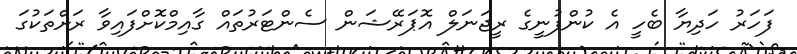
ފަހަރު ހަދިޔާ ބެހީ އެ ކުންފުނީގެ ރީޖަނަލް އޮޕަރޭޝަން ސެންޓަރުތައް ގާއިމްކޮށްފައިވާ ރަށްތަކުގަ